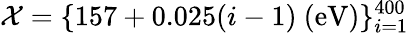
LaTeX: \mathcal{X}=\{ 157+0.025(i-1)\ \textup{(eV)}\} _{i=1}^{400}